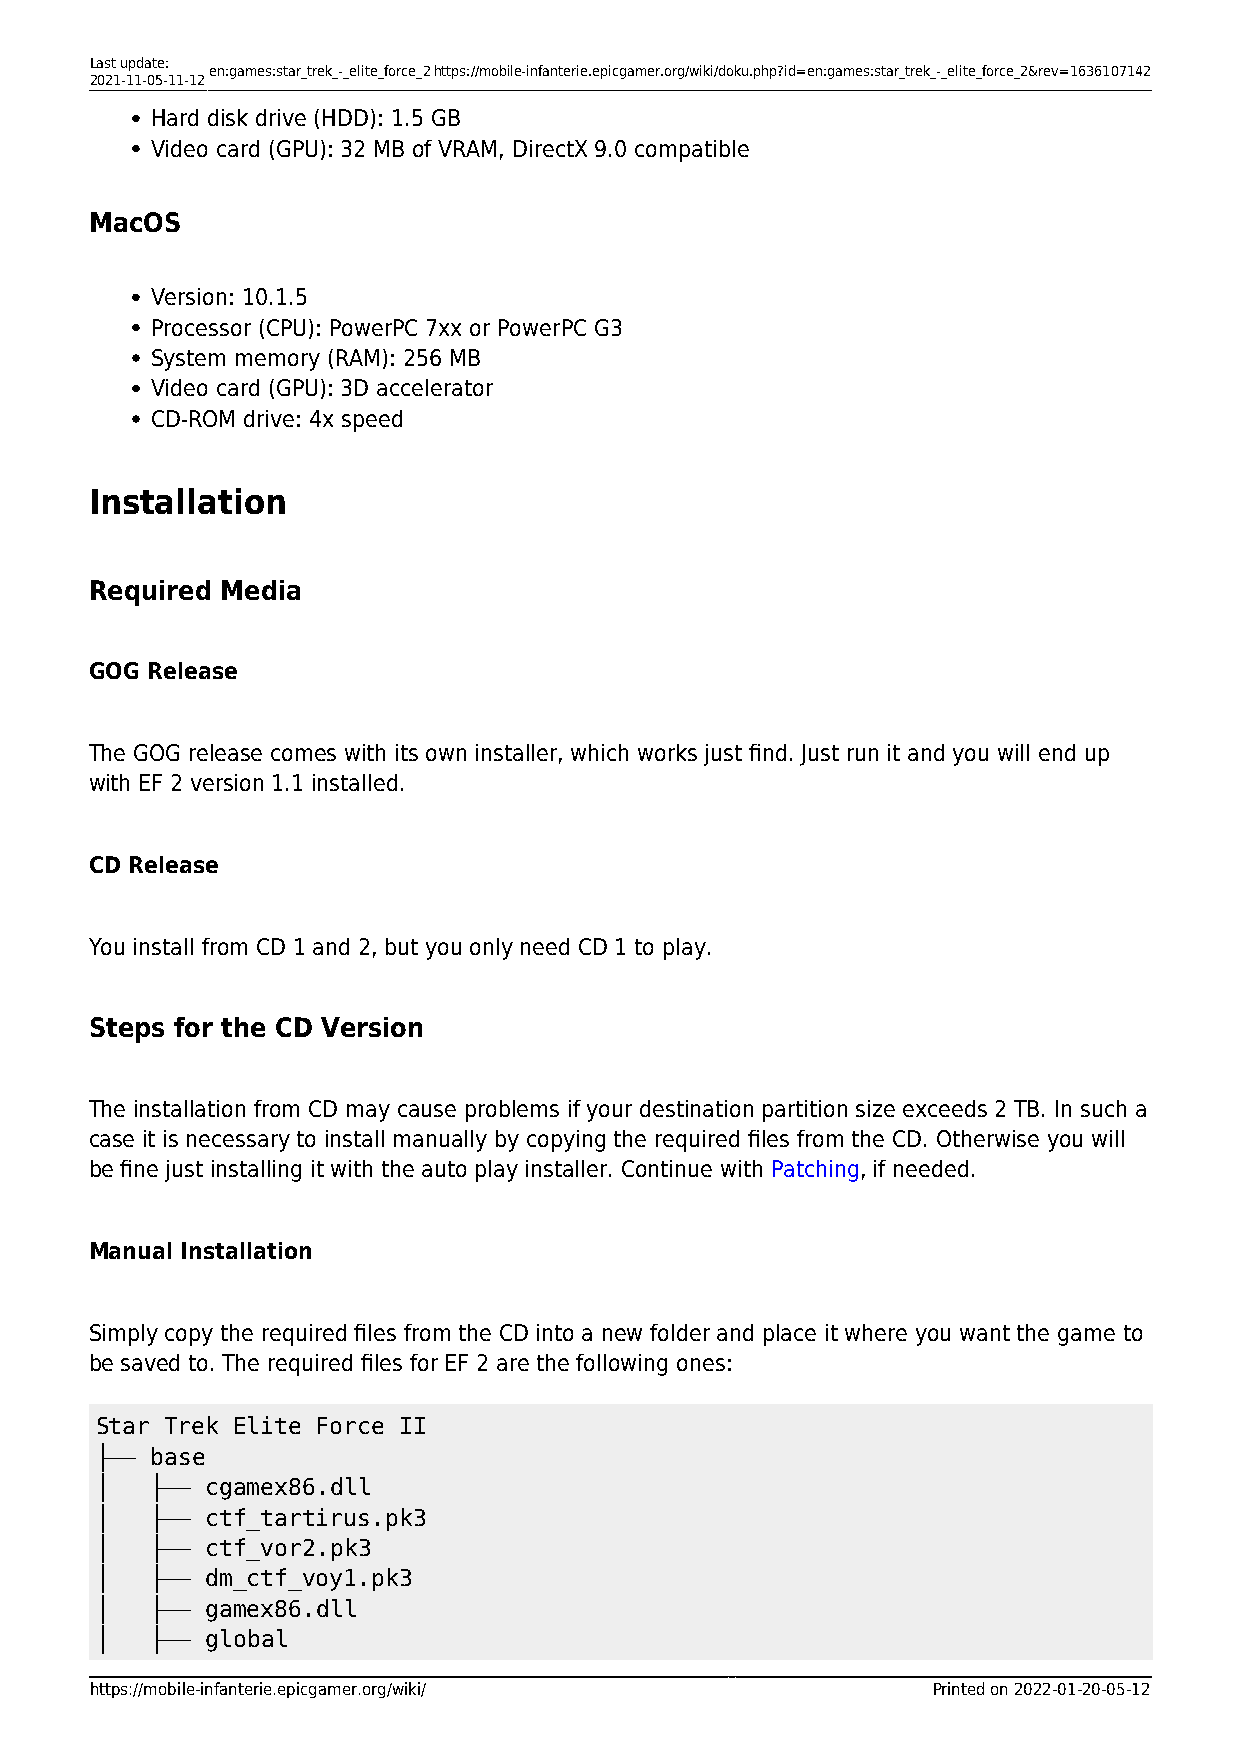
Last update:
 en:games:star_trek_-_elite_force_2https://mobile-infanterie.epicgamer.org/wiki/doku.php?id=en:games:star_trek_-_elite_force_2&rev=1636107142
 2021-11-05-11-12
 Hard disk drive (HDD): 1.5 GB
 Video card (GPU): 32 MB of VRAM, DirectX 9.0 compatible
 MacOS
 Version: 10.1.5
 Processor (CPU): PowerPC 7xx or PowerPC G3
 System memory (RAM): 256 MB
 Video card (GPU): 3D accelerator
 CD-ROM drive: 4x speed
 Installation
 Required Media
 GOG Release
 The GOG release comes with its own installer, which works just find. Just run it and you will end up
 with EF 2 version 1.1 installed.
 CD Release
 You install from CD 1 and 2, but you only need CD 1 to play.
 Steps for the CD Version
 The installation from CD may cause problems if your destination partition size exceeds 2 TB. In such a
 case it is necessary to install manually by copying the required files from the CD. Otherwise you will
 be fine just installing it with the auto play installer. Continue with Patching, if needed.
 Manual Installation
 Simply copy the required files from the CD into a new folder and place it where you want the game to
 be saved to. The required files for EF 2 are the following ones:
 Star Trek Elite Force II
 ├── base
 │   ├── cgamex86.dll
 │   ├── ctf_tartirus.pk3
 │   ├── ctf_vor2.pk3
 │   ├── dm_ctf_voy1.pk3
 │   ├── gamex86.dll
 │   ├── global
 https://mobile-infanterie.epicgamer.org/wiki/           Printed on 2022-01-20-05-12